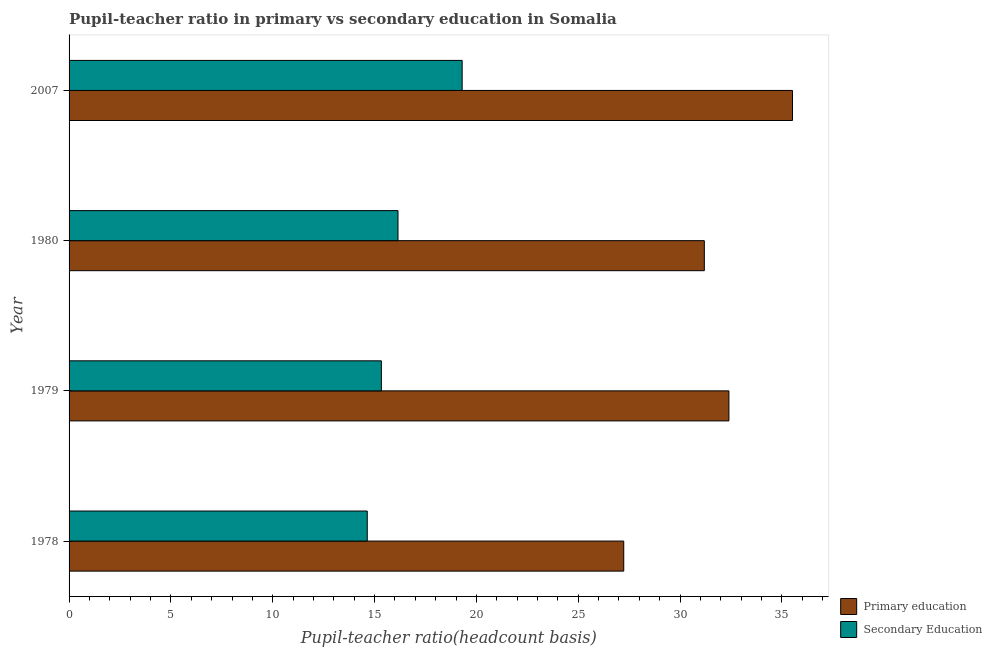
| Year | Primary education | Secondary Education |
 | --- | --- | --- |
 | 1978 | 27.2 | 14.6 |
 | 1979 | 32.4 | 15.3 |
 | 1980 | 31.2 | 16.2 |
 | 2007 | 35.5 | 19.3 |